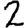
Digit: 2